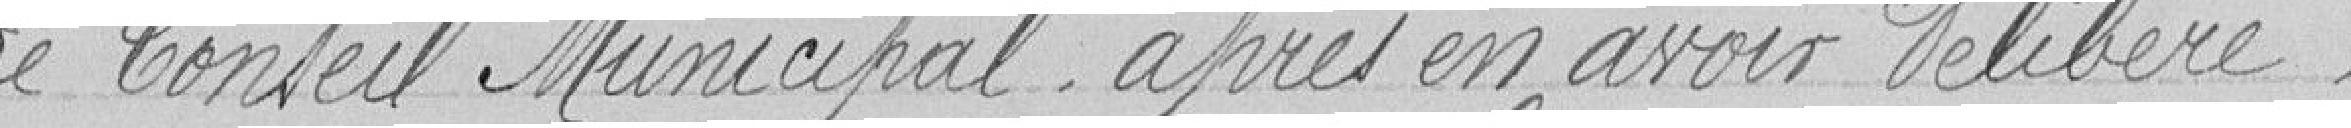
Le Conseil Municipal après en avoir délibéré,